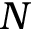
N